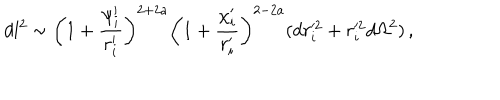
d l ^ { 2 } \sim \biggl ( 1 + \frac { \psi _ { i } ^ { \prime } } { r _ { i } ^ { \prime } } \biggr ) ^ { 2 + 2 a } \biggl ( 1 + \frac { \chi _ { i } ^ { \prime } } { r _ { i } ^ { \prime } } \biggr ) ^ { 2 - 2 a } ( d r _ { i } ^ { \prime 2 } + r _ { i } ^ { \prime 2 } d \Omega ^ { 2 } ) \, ,